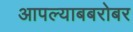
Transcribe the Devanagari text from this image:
आपल्याबबरोबर